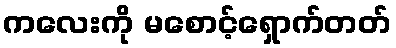
ကလေးကို မစောင့်ရှောက်တတ်